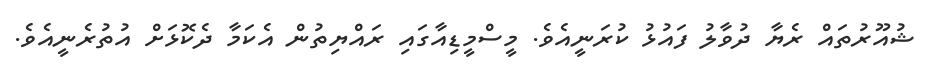
ޝުއޫރުތައް ރެޔާ ދުވާލު ފައުޅު ކުރަނީއެވެ. މީސްމީޑިއާގައި ރައްޔިތުން އެކަމާ ދެކޮޅަށް އުތުރެނީއެވެ.